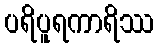
ပရိပူရကာရိဿ